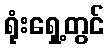
ရုံးရှေ့တွင်